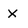
Character: X